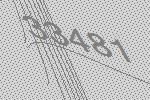
33481